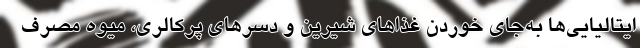
ایتالیایی‌ها به‌جای خوردن غذاهای شیرین و دسرهای پرکالری، میوه مصرف